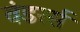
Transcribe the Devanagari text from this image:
वंडरर्स